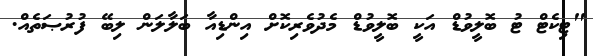
"ޓިކެޓް ޓު ބޮލީވުޑް އަކީ ބޮލީވުޑް މެދުވެރިކޮށް އިންޑިއާ ބަލާލަން ލިބޭ ފުރުޞަތެއް.